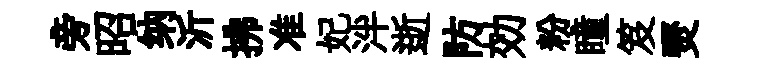
旁昭纳沂拂准妃泮逝防効粉瞳笈燹